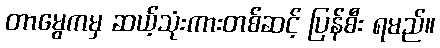
တာမွေကမှ ဆယ့်သုံးကားတစ်ဆင့် ပြန်စီး ရမည်။